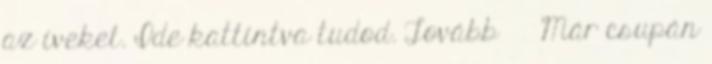
az íveket. Ide kattintva tudod. Tovább › ›Már csupán